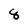
Character: 8